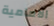
الامامية